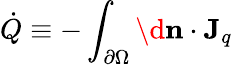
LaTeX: {\dot{Q}}\equiv-\int_{\partial\Omega}\d\mathbf{n}\cdot\mathbf{J}_{q}